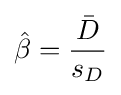
{\hat {\beta }}={\frac {\bar {D}}{s_{D}}}